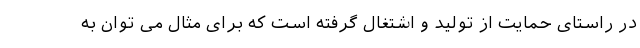
در راستای حمایت از تولید و اشتغال گرفته است که برای مثال می توان به